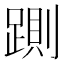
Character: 𰸠